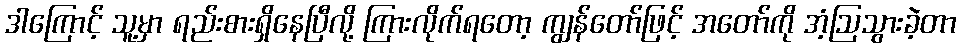
ဒါကြောင့် သူ့မှာ ရည်းစားရှိနေပြီလို့ ကြားလိုက်ရတော့ ကျွန်တော်ဖြင့် အတော်ကို အံ့ဩသွားခဲ့တာ